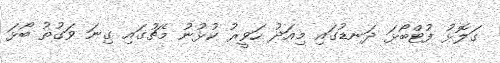
ގަލޮޅު ފުޓްބޯޅަ ދަނޑުގައި މިއަދު ހަވީރު ކުޅުނު މެޗުގައި ގިނަ ވަގުތު ބޯޅަ